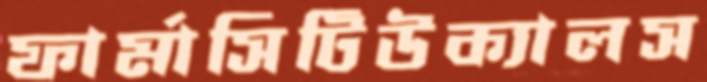
ফার্মাসিটিউক্যালস